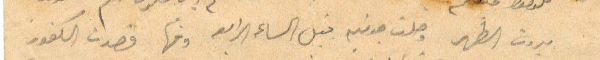
بيروت الظهر وصلت جونيه قبل الساعة الرابعة ومنها قصدت الكفور